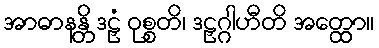
အာဓာနန္တိ ဒဠှံ ဝုစ္စတိ၊ ဒဠှဂ္ဂါဟီတိ အတ္ထော။